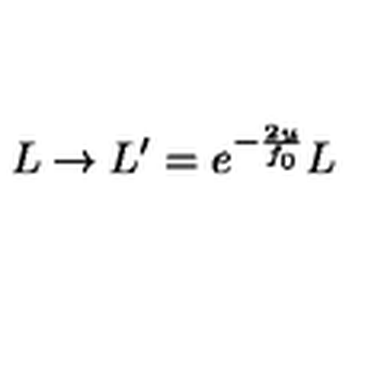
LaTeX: L \rightarrow L ^ { \prime } = e ^ { - \frac { 2 u } { f _ { 0 } } } L